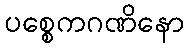
ပစ္စေကဂဏိနော